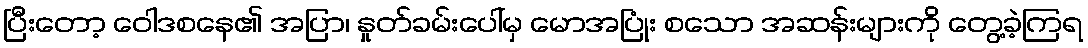
ပြီးတော့ ဝေါဒစနေ၏ အပြာ၊ နှုတ်ခမ်းပေါ်မှ မောအပြုံး စသော အဆန်းများကို တွေ့ခဲ့ကြရ